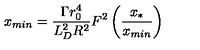
x _ { m i n } = \frac { \Gamma r _ { 0 } ^ { 4 } } { L _ { D } ^ { 2 } R ^ { 2 } } F ^ { 2 } \left( \frac { x _ { * } } { x _ { m i n } } \right)